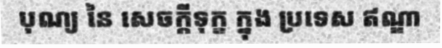
បុណ្យ នៃ សេចក្តីទុក្ខ ក្នុង ប្រទេស ឥណ្ឌា